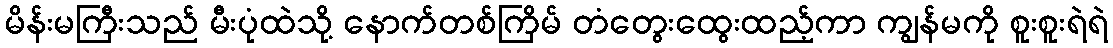
မိန်းမကြီးသည် မီးပုံထဲသို့ နောက်တစ်ကြိမ် တံတွေးထွေးထည့်ကာ ကျွန်မကို စူးစူးရဲရဲ